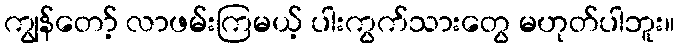
ကျွန်တော့် လာဖမ်းကြမယ့် ပါးကွက်သားတွေ မဟုတ်ပါဘူး။